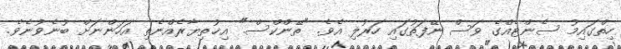
ހިތްގައިމު ސެންޓެއްގެ ވަސް ނޭފަތުގައި ހަރުލި އެވެ. "ތޭންކްސް." އިޚުތިޔާރެއްނެތި އަހަންނަށް ބުނެވުނެވެ.